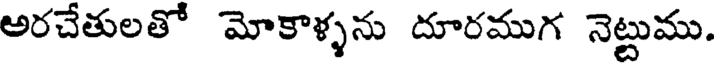
అరచేతులతో మోకాళ్ళను దూరముగ నెట్టుము.